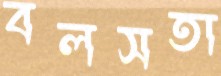
বলসতা